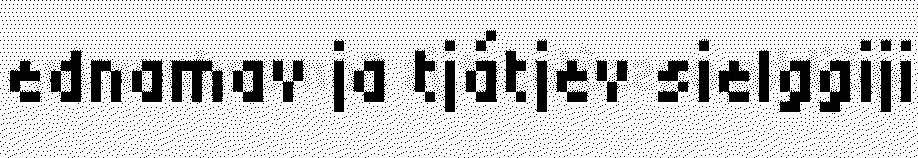
ednamav ja tjátjev sielggiji